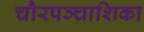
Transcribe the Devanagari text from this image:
चौरपञ्चाशिका